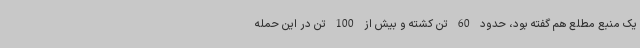
یک منبع مطلع هم گفته بود، حدود 60 تن کشته و بیش از 100 تن در این حمله